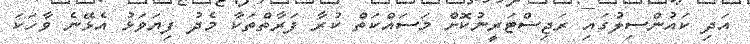
އަދި ކައުންސިލުގައި ރަޖިސްޓަރީނުކޮށް މަސައްކަތް ކުރާ ފަރާތްތަކާ މެދު ފިޔަވަޅު އެޅޭނެ ވާހަކަ